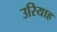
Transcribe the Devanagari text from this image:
उरियाह